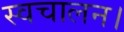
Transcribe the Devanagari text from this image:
स्वचालन।